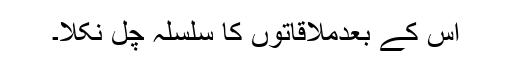
اس کے بعدملاقاتوں کا سلسلہ چل نکلا۔